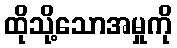
ထိုသို့သောအမှုကို